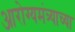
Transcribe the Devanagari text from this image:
आरोग्यमंत्र्याच्या